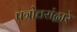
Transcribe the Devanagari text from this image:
पत्रोत्तरांद्वारे